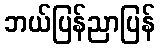
ဘယ်ပြန်ညာပြန်